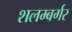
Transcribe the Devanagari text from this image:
शलम्बर्गर